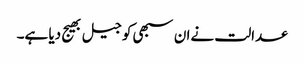
عدالت نےان سبھی کو جیل بھیج دیا ہے۔